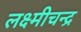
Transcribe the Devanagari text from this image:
लक्ष्मीचन्द्र